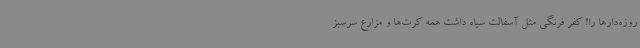
روزه‌دارها را! کفر فرنگی مثل آسفالت سیاه داشت همه کرت‌ها و مزارع سرسبز